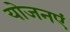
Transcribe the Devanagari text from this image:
योजनएं